Report of an investigation into the causes of malaria in Bombay and the measures necessary for its control
Disease focus: Malaria
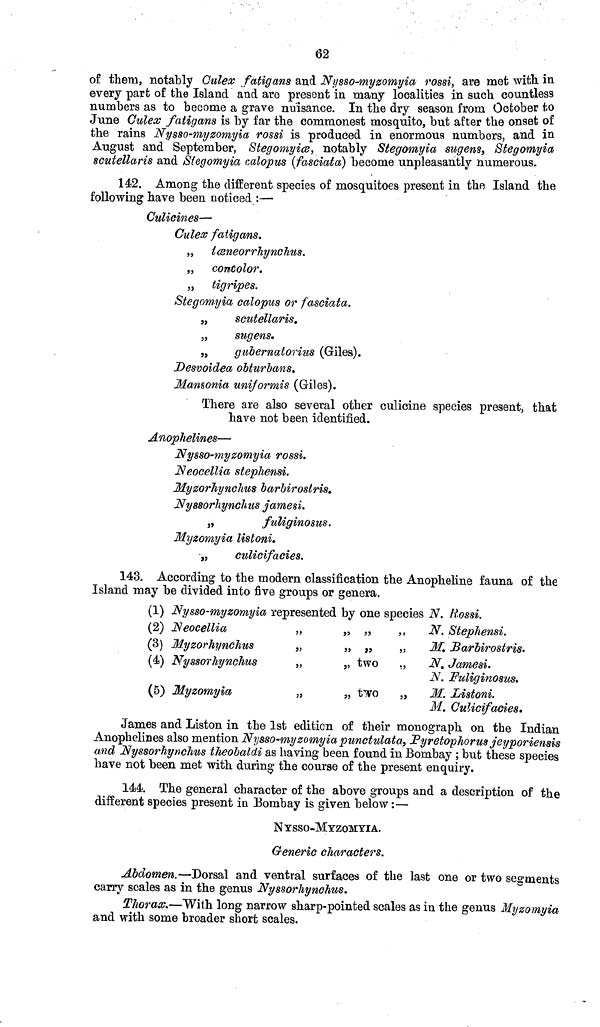
62
of them, notably Culex fatigans and Nysso-myzomyia rossi, are met with in
every part of the Island and are present in many localities in such countless
numbers as to become a grave nuisance. In the dry season from October to
June Culex fatigans is by far the commonest mosquito, but after the onset of
the rains Nysso-myzomyia rossi is produced in enormous numbers, and in
August and September, Stegomyiœ, notably Stegomyia sugens, Stegomyia
scutellaris and Stegomyia calopus (fasciata) become unpleasantly numerous.
142. Among the different species of mosquitoes present in the Island the
following have been noticed :—
Culicines—
Culex fatigans.
„ t œne or r hy nc hus . concolor.
„ tigripes.
Stegomyia calopus or fasciata.
„
scutellaris.
„
sugens,
„
gubernatorius (Giles).
Desvoidea obturbans.
Mansonia uniformis (Giles).
There are also several other culicine species present, that
have not been identified.
Anophelines—
Nysso-myzomyia rossi.
Neocellia stephensi.
Myzorhynchus barbirostris.
Nyssorhynchus jamesi.
„
fuliginosus.
Myzomyia listoni.
„
culicifacies.
143. According to the modern classification the Anopheline fauna of the
Island may be divided into five groups or genera.
(1) Nysso-myzomyia represented by one species N. Rossi.
(2) Neocellia
„
„ „
,,
N. Stephensi.
(3) Myzorhynchus
„
„ „
„
M. Barbirostris.
(4) Nyssorhynchus
„
„ two .,
N. Jamesi.
N. Fuliginosus.
(5) Myzomyia
„ two
„
M. Listoni.
M. Culicifacies.
James and Liston in the 1st edition of their monograph on the Indian
Anophelines also mention Nysso-myzomyia punctulata, Pyretophorus jeyporiensis
und Nyssorhynchus theobaldi as having been found in Bombay ; but these species
have not been met with during the course of the present enquiry.
144. The general character of the above groups and a description of the
different species present in Bombay is given below :—
NYSSO-MYZOMYIA.
Generic characters.
Abdomen.—Dorsal and ventral surfaces of the last one or two segments
carry scales as in the genus Nyssorhynchus.
Thorax.—With long narrow sharp-pointed scales as in the genus Myzomyia
and with some broader short scales.